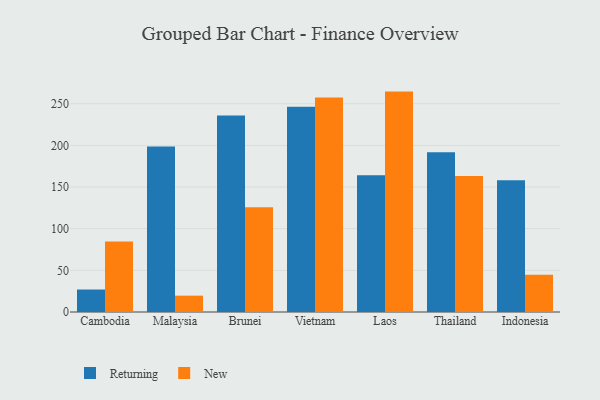
{"axis": {"x": "Country", "y": "Customer Acquisition Cost (USD)"}, "legend": ["New", "Returning"], "data": [{"x": "Cambodia", "y": 27.0, "type": "Returning"}, {"x": "Cambodia", "y": 84.5, "type": "New"}, {"x": "Malaysia", "y": 198.7, "type": "Returning"}, {"x": "Malaysia", "y": 19.6, "type": "New"}, {"x": "Brunei", "y": 235.9, "type": "Returning"}, {"x": "Brunei", "y": 125.7, "type": "New"}, {"x": "Vietnam", "y": 246.5, "type": "Returning"}, {"x": "Vietnam", "y": 257.6, "type": "New"}, {"x": "Laos", "y": 164.1, "type": "Returning"}, {"x": "Laos", "y": 264.6, "type": "New"}, {"x": "Thailand", "y": 191.9, "type": "Returning"}, {"x": "Thailand", "y": 163.2, "type": "New"}, {"x": "Indonesia", "y": 158.3, "type": "Returning"}, {"x": "Indonesia", "y": 44.7, "type": "New"}]}